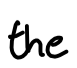
Text: the
Cross-out: clean
Writing tool: digital_black